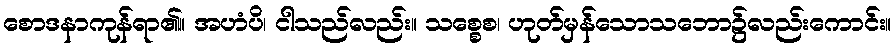
စောဒနာကုန်ရာ၏။ အဟံပိ၊ ငါသည်လည်း။ သစ္စေစ၊ ဟုတ်မှန်သောသဘော၌လည်းကောင်း။